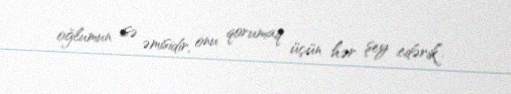
oğlumun isə əmisidir, onu qorumaq üçün hər şey edərik”.